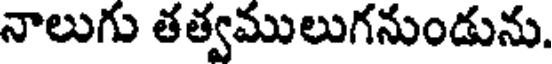
నాలుగు తత్వములుగనుండును.